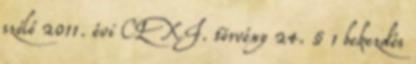
szóló 2011. évi CLXI. törvény 24. § 1 bekezdés